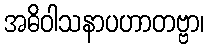
အဓိဝါသနာပဟာတဗ္ဗာ၊